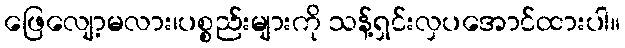
ဖြေလျော့မလား၊ပစ္စည်းများကို သန့်ရှင်းလှပအောင်ထားပါ။